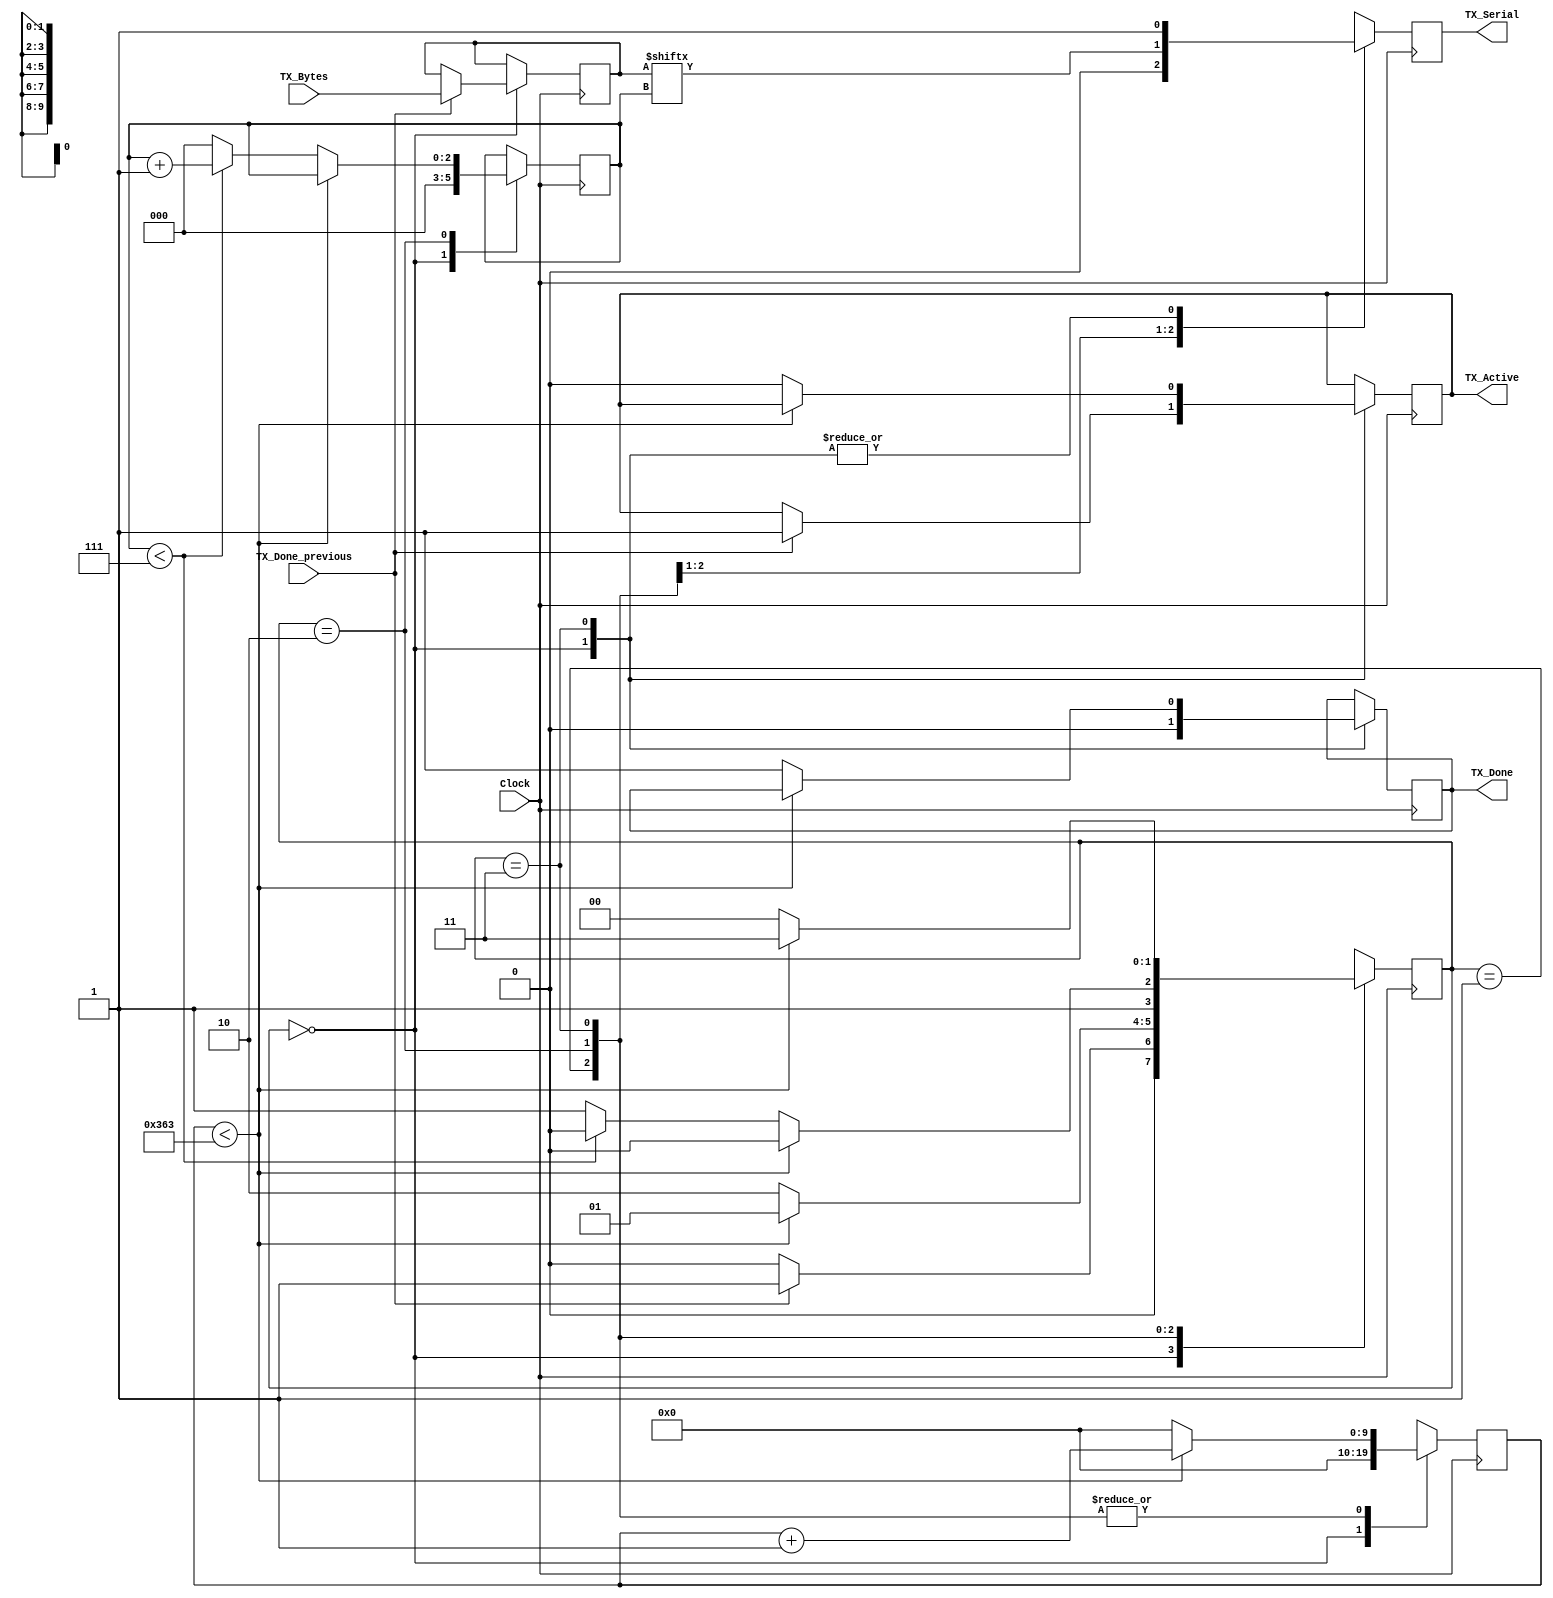
// CLKS_PER_BIT = (Frequency of Clock)/(Frequency of UART)
// Example: 100 MHz Clock, 115200 baud UART
// (100000000)/(115200) = 868
 
module UART_TX 
  #(parameter CLKS_PER_BIT = 868) //100000000/115200
  (
   input       Clock,
   input       TX_Done_previous,
   input [7:0] TX_Bytes, 
   output 		TX_Active,
   output reg  TX_Serial,
   output 		TX_Done
   );
 
  parameter IDLE         = 2'b00;
  parameter TX_START_BIT = 2'b01;
  parameter TX_DATA_BITS = 2'b10;
  parameter TX_STOP_BIT  = 2'b11;
  
  reg [1:0] state     = 0;
  reg [9:0] r_Clock_Count = 0;
  reg [2:0] r_Bit_Index   = 0; //8 bits
  reg [7:0] TX_Data     = 0;
  reg       r_TX_Done     = 0;
  reg       r_TX_Active   = 0;
    
  always @(posedge Clock)
  begin
    case (state)
      IDLE :
        begin
          TX_Serial   <= 1'b1;         // Drive Line High for Idle
          r_TX_Done     <= 1'b0;
          r_Clock_Count <= 0;
          r_Bit_Index   <= 0;
          
          if (TX_Done_previous == 1'b1)
          begin
            r_TX_Active <= 1'b1;
            TX_Data   <= TX_Bytes;
            state   <= TX_START_BIT;
          end
          else
            state <= IDLE;
        end // case: IDLE
      
      
      // Send out Start Bit. Start bit = 0
      TX_START_BIT :
        begin
          TX_Serial <= 1'b0;
          
          // Wait CLKS_PER_BIT-1 clock cycles for start bit to finish
          if (r_Clock_Count < CLKS_PER_BIT-1)
          begin
            r_Clock_Count <= r_Clock_Count + 1;
            state     <= TX_START_BIT;
          end
          else
          begin
            r_Clock_Count <= 0;
            state     <= TX_DATA_BITS;
          end
        end // case: TX_START_BIT
      
      
      // Wait CLKS_PER_BIT-1 clock cycles for data bits to finish         
      TX_DATA_BITS :
        begin
          TX_Serial <= TX_Data[r_Bit_Index];
          
          if (r_Clock_Count < CLKS_PER_BIT-1)
          begin
            r_Clock_Count <= r_Clock_Count + 1;
            state     <= TX_DATA_BITS;
          end
          else
          begin
            r_Clock_Count <= 0;
            
            // Check if we have sent out all bits
            if (r_Bit_Index < 7)
            begin
              r_Bit_Index <= r_Bit_Index + 1;
              state   <= TX_DATA_BITS;
            end
            else
            begin
              r_Bit_Index <= 0;
              state   <= TX_STOP_BIT;
            end
          end 
        end // case: TX_DATA_BITS
      
      
      // Send out Stop bit.  Stop bit = 1
      TX_STOP_BIT :
        begin
          TX_Serial <= 1'b1;
          
          // Wait CLKS_PER_BIT-1 clock cycles for Stop bit to finish
          if (r_Clock_Count < CLKS_PER_BIT-1)
          begin
            r_Clock_Count <= r_Clock_Count + 1;
            state     <= TX_STOP_BIT;
          end
          else
          begin
            r_TX_Done     <= 1'b1;
				//TX_Done <= 1'b1;
            r_Clock_Count <= 0;
            //state     <= TX_START_BIT; //original
				state		<= IDLE;
            r_TX_Active   <= 1'b0;
				//TX_Active   <= 1'b0;
          end 
        end // case: TX_STOP_BIT    
      
      default :
        state <= IDLE;
      
    endcase
  end
  
  assign TX_Active = r_TX_Active;
  assign TX_Done   = r_TX_Done;
  
endmodule